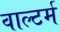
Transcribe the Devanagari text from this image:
वाल्टर्म